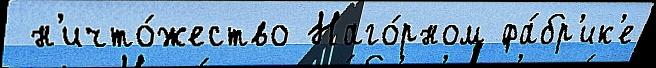
 н'ичто́жество Наго́рном фа́бр'ик'е